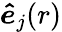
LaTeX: \boldsymbol{\hat{e}}_{j}(r)